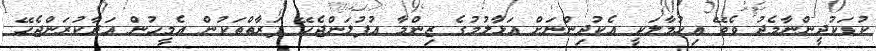
ކުޑަކުދީންނާމެދު ވެވޭ އިހުމާލަކީ އެކުދިންނަށް އަޅާލުމުގެ ޒިންމާ އުފުލަންޖެހޭ ފަރާތްތަކުން އެމީހުން އަދާކުރަންޖެހޭ